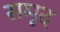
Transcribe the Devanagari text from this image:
समृद